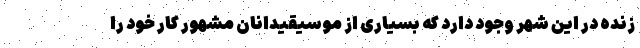
زنده در این شهر وجود دارد که بسیاری از موسیقیدانان مشهور کار خود را